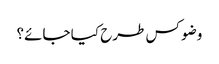
وضو کس طرح کیا جائے؟